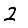
Digit: 2